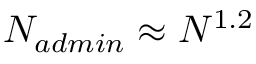
N _ { a d m i n } \approx N ^ { 1 . 2 }